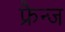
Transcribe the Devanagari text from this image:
फ्रैन्ज